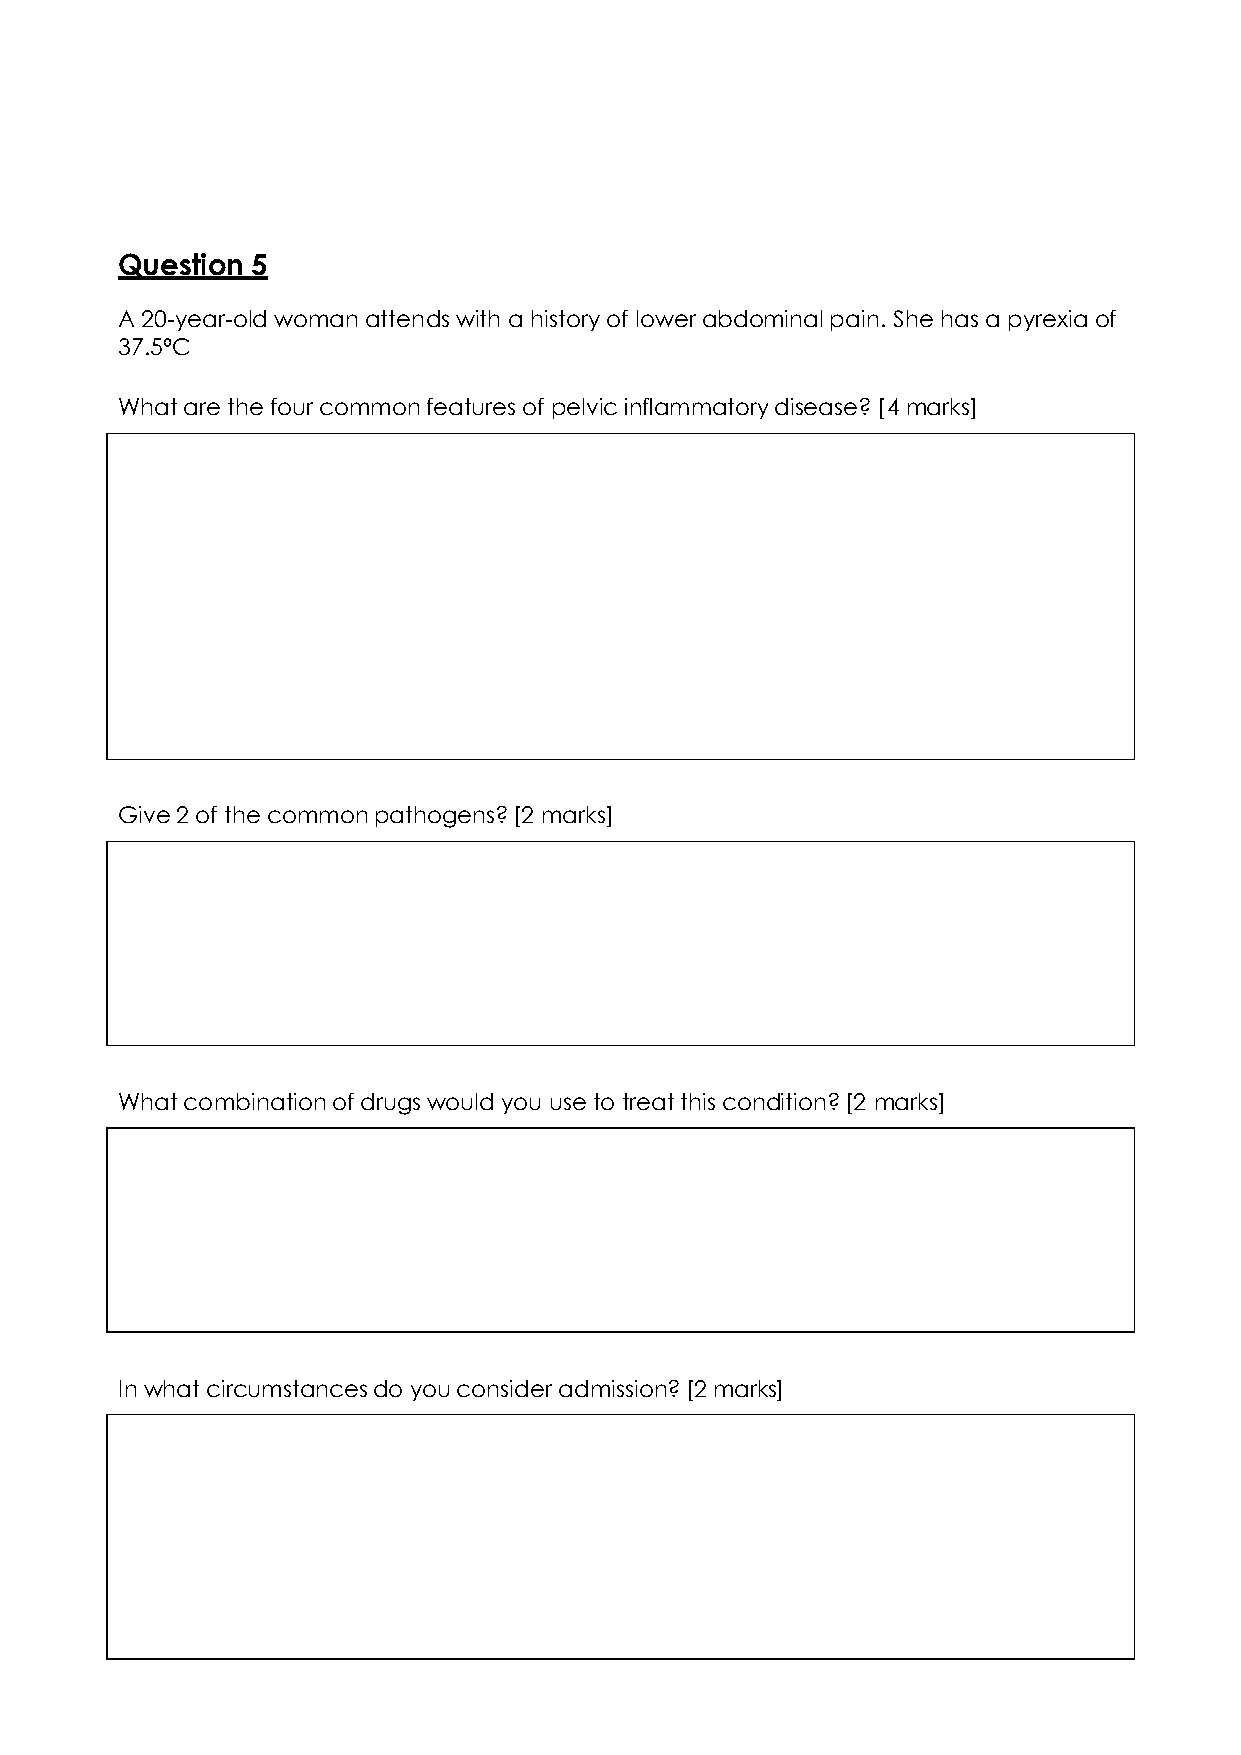
Question 5
 A 20-year-oldwoman attendswith a history of lower abdominalpain. She has a pyrexiaof
 37.5⁰C
 Whatare thefourcommonfeaturesof pelvicinflammatorydisease?[4 marks]
 Give2 of thecommonpathogens?[2 marks]
 Whatcombinationofdrugswouldyou usetotreatthiscondition?[2 marks]
 Inwhatcircumstancesdoyouconsider admission?[2marks]